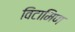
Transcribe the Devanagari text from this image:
विटामिण